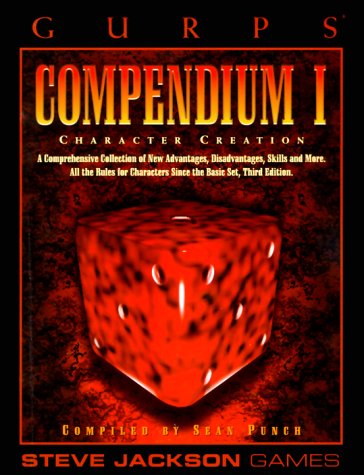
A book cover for GURPS Compendium I *OP (GURPS: Generic Universal Role Playing System); Science Fiction & Fantasy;